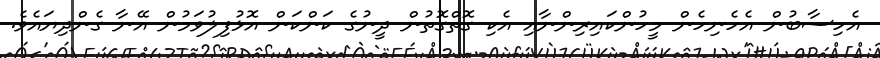
އެހިސާބުން އެހެނިހެން މީހުންކައިރިންނާއި އެކި ގޮތްގޮތުން ދީނުގެ ކަންކަން އޮޅުފިލުވަމުން އޭނާ ގެންދިޔައެވެ.